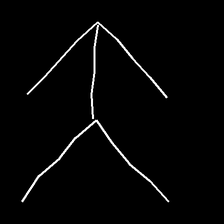
Glyph: gather